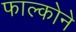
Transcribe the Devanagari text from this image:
फाल्कोने